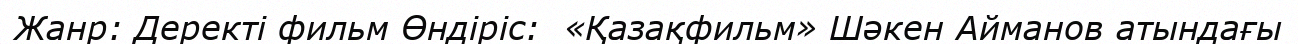
Жанр: Деректі фильм Өндіріс:  «Қазақфильм» Шәкен Айманов атындағы